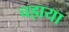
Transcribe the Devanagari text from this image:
चड़ाया